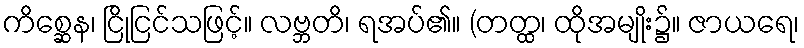
ကိစ္ဆေန၊ ငြိုငြင်သဖြင့်။ လဗ္ဘတိ၊ ရအပ်၏။ (တတ္ထ၊ ထိုအမျိုး၌။ ဇာယရေ၊